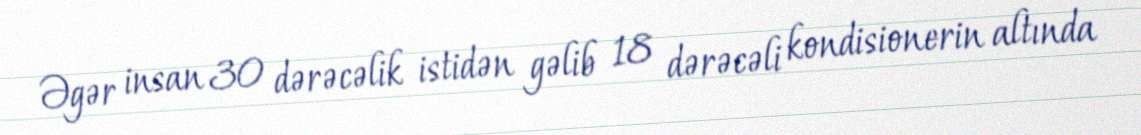
Əgər insan 30 dərəcəlik istidən gəlib 18 dərəcəli kondisionerin altında